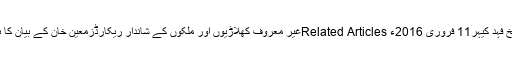
چیمپئن ٹیموں کے یادگار مقابلےپاک-ویسٹ انڈیز ٹی ٹوئنٹی مقابلوں کی تاریخ فہد کیہر11 فروری 2016ء Related Articlesغیر معروف کھلاڑیوں اور ملکوں کے شاندار ریکارڈزمعین خان کے بیان کا بھانڈا پھوٹ گیافواد احمد، ایشیز کے لیے ایک اور مسلمان کھلاڑی کا انتخاب